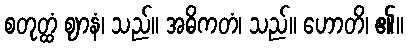
စတုတ္ထံ ဈာနံ၊ သည်။ အဓိကတံ၊ သည်။ ဟောတိ၊ ၏။